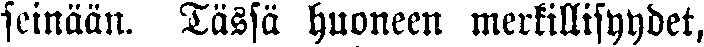
seinään. Tässä huoneen merkillisyydet,